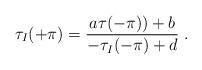
LaTeX: \begin{align*}\tau_I(+\pi)=\frac{a\tau(-\pi))+b}{-\tau_I(-\pi)+d}~. \end{align*}